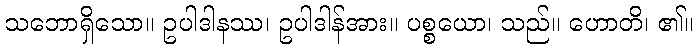
သဘောရှိသော။ ဥပါဒါနဿ၊ ဥပါဒါန်အား။ ပစ္စယော၊ သည်။ ဟောတိ၊ ၏။